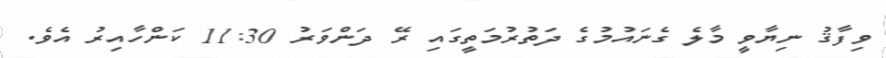
ވިފާޤު ނިޔާވީ މާލެ ގެނައުމުގެ ދަތުރުމަތީގައި ރޭ ދަންވަރު 11:30 ކަންހާއިރު އެވެ.